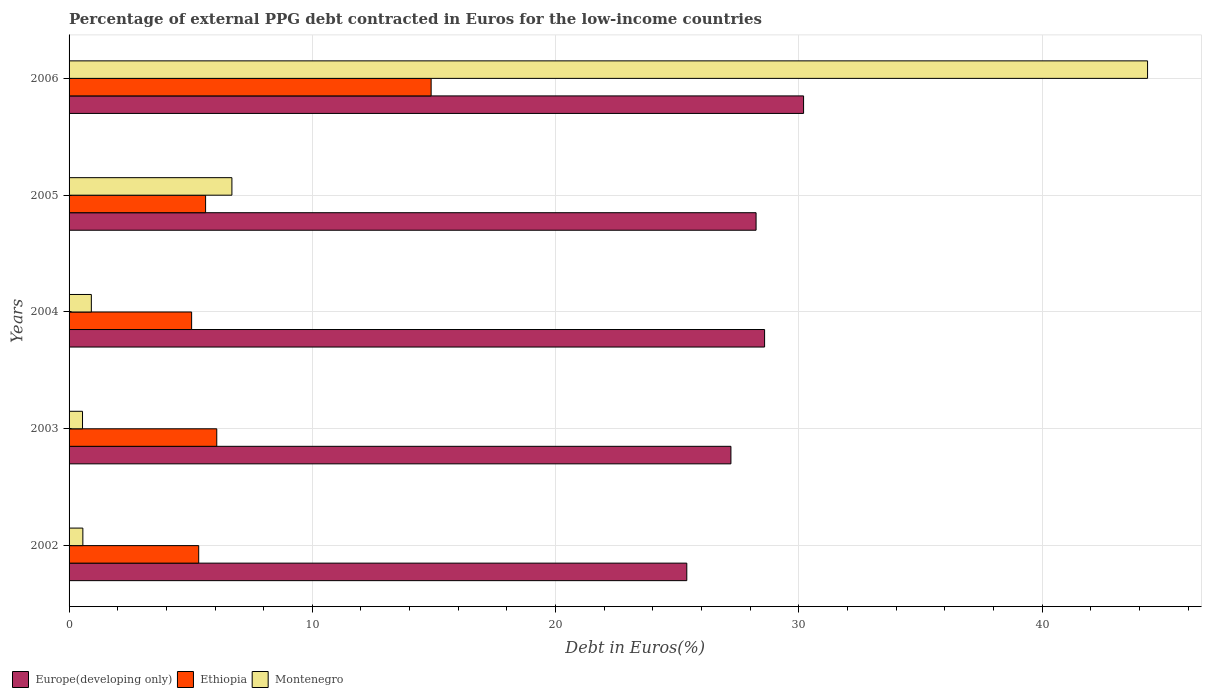
| Years | Europe(developing only) | Ethiopia | Montenegro |
 | --- | --- | --- | --- |
 | 2002 | 25.4 | 5.33 | 0.567 |
 | 2003 | 27.2 | 6.07 | 0.552 |
 | 2004 | 28.6 | 5.04 | 0.916 |
 | 2005 | 28.2 | 5.61 | 6.69 |
 | 2006 | 30.2 | 14.9 | 44.3 |